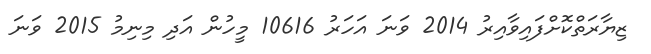
ޒިޔާރަތްކޮށްފައިވާއިރު 2014 ވަނަ އަހަރު 10616 މީހުން އަދި މިނިމު 2015 ވަނަ